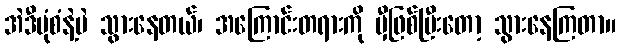
အဲဒီပုံစံနဲ့ပဲ သွားနေတယ်၊ အကြောင်းတရားကို မှီဖြစ်ပြီးတော့ သွားနေကြတာ။